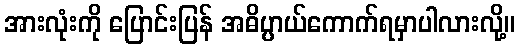
အားလုံးကို ပြောင်းပြန် အဓိပ္ပာယ်ကောက်ရမှာပါလားလို့။